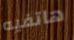
هاتفيه